Annual report of the Imperial Bacteriologist
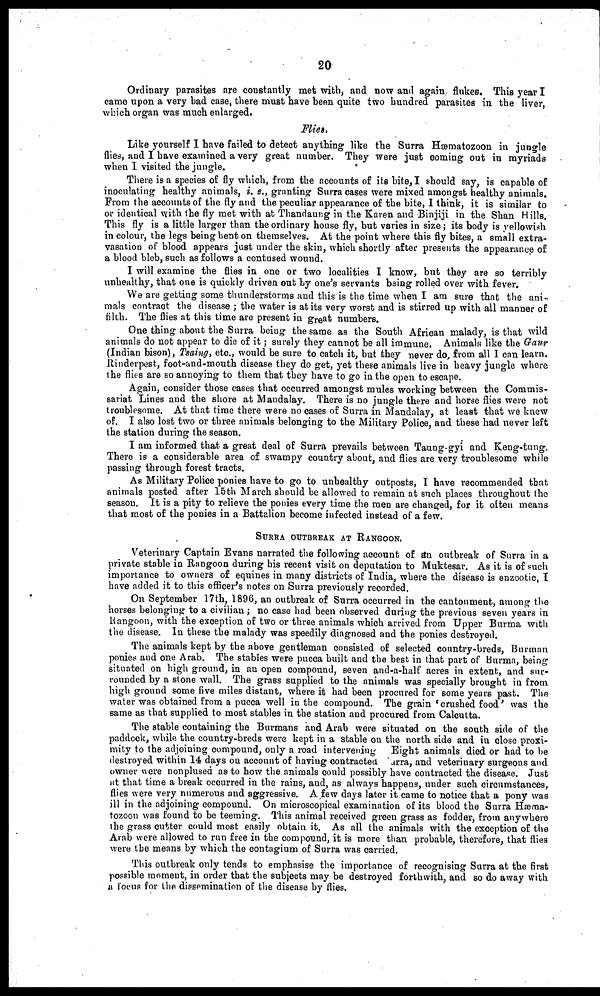
20
Ordinary parasites are constantly met with, and now and again flukes. This year I
came upon a very bad case, there must have been quite two hundred parasites in the liver,
which organ was much enlarged.
Flies.
Like yourself I have failed to detect anything like the Surra Hæmatozoon in jungle
flies, and I have examined a very great number. They were just coming out in myriads
when I visited the jungle.
There is a species of fly which, from the accounts of its bite, I should say, is capable of
inoculating healthy animals, i. e., granting Surra cases were mixed amongst healthy animals..
From the accounts of the fly and the peculiar appearance of the bite, I think, it is similar to
or identical with the fly met with at Thandaung in the Karen and Binjiji in the Shan Hills.
This fly is a little larger than the ordinary house fly, but varies in size; its body is yellowish
in colour, the legs being bent on themselves. At the point where this fly bites, a small extra-
vasation of blood appears just under the skin, which shortly after presents the appearance of
a blood bleb, such as follows a contused wound.
I will examine the flies in one or two localities I know, but they are so terribly
unhealthy, that one is quickly driven out by one's servants being rolled over with fever.
We are getting some thunderstorms and this is the time when I am sure that the ani¬
mals contract the disease ; the water is at its very worst and is stirred up with all manner of
filth. The flies at this time are present in great numbers.
One thing about the Surra being the same as the South African malady, is that wild
animals do not appear to die of it; surely they cannot be all immune. Animals like the Gaur
(Indian bison), Tsaing, etc., would be sure to catch it, but they never do, from all I can learn.
Rinderpest, foot-and-mouth disease they do get, yet these animals live in heavy jungle where
the flies are so annoying to them that they have to go in the open to escape.
Again, consider those cases that occurred amongst mules working between the Commis-
sariat Lines and the shore at Mandalay. There is no jungle there and horse flies were not
troublesome. At that time there were no cases of Surra in Mandalay, at least that we knew
of. I also lost two or three animals belonging to the Military Police, and these had never left
the station during the season.
I am informed that a great deal of Surra prevails between Taung-gyi and Keng-tung.
There is a considerable area of swampy country about, and flies are very troublesome while
passing through forest tracts.
As Military Police ponies have to go to unhealthy outposts, I have recommended that
animals posted after 15th March should be allowed to remain at such places throughout the
season. It is a pity to relieve the ponies every time the men are changed, for it often means
that most of the ponies in a Battalion become infected instead of a few.
SURRA OUTBREAK AT RANGOON.
Veterinary Captain Evans narrated the following account of an outbreak of Surra in a
private stable in Rangoon during his recent visit on deputation to Muktesar. As it is of such
importance to owners of equines in many districts of. India, where the disease is enzootic, I
have added it to this officer's notes on Surra previously recorded.
On September 17th, 1896, an outbreak of Surra occurred in the cantonment, among the
horses belonging to a civilian ; no case had been observed during the previous seven years in
Rangoon, with the exception of two or three animals which arrived from Upper Burma with
the disease. In these the malady was speedily diagnosed and the ponies destroyed.
The animals kept by the above gentleman consisted of selected country-breds, Burman
ponies and one Arab. The stables were pucca built and the best in that part of Burma, being
situated on high ground, in an open compound, seven and-a-half acres in extent, and sur-
rounded by a stone wall. The grass supplied to the animals was specially brought in from
high ground some five miles distant, where it had been procured for some years past. The
water was obtained from a pucca well in the compound. The grain ' crushed food' was the
same as that supplied to most stables in the station and procured from Calcutta.
The stable containing the Burmans and Arab were situated on the south side of the
paddock, while the country-breds were kept in a stable on the north side and in close proxi-
mity to the adjoining compound, only a road intervening Eight animals died or had to be
destroyed within 14 days on account of having contracted Surra, and veterinary surgeons and
owner were nonplused as to how the animals could possibly have contracted the disease. Just
at that time a break occurred in the rains, and, as always happens, under such circumstances,
flies were very numerous and aggressive. A few days later it came to notice that a pony was
ill in the adjoining compound. On microscopical examination of its blood the Surra Hæma-
tozoon was found to be teeming. This animal received green grass as fodder, from anywhere
the grass cutter could most easily obtain it. As all the animals with the exception of the
Arab were allowed to run free in the compound, it is more than probable, therefore, that flies
were the means by which the contagium of Surra was carried.
This outbreak only tends to emphasise the importance of recognising Surra at the first
possible moment, in order that the subjects may be destroyed forthwith, and so do away with
a focus for the dissemination of the disease by flies.